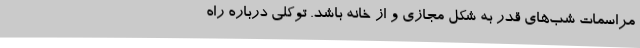
مراسمات شب‌های قدر به شکل مجازی و از خانه باشد. توکلی درباره راه